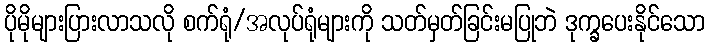
ပိုမိုများပြားလာသလို စက်ရုံ/အလုပ်ရုံများကို သတ်မှတ်ခြင်းမပြုဘဲ ဒုက္ခပေးနိုင်သော